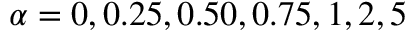
\alpha = 0 , 0 . 2 5 , 0 . 5 0 , 0 . 7 5 , 1 , 2 , 5